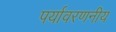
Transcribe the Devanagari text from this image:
पर्यावरणनीय